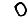
Digit: 0